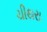
ચીથરા